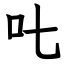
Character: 𠮟